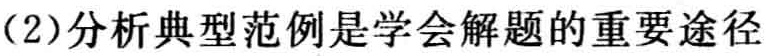
(2)分析典型范例是学会解题的重要途径